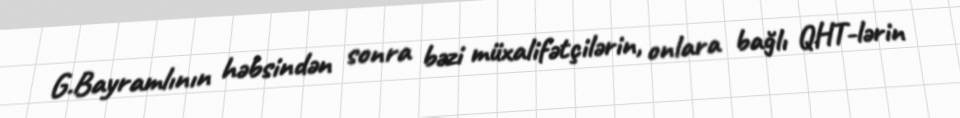
G.Bayramlının həbsindən sonra bəzi müxalifətçilərin, onlara bağlı QHT-lərin